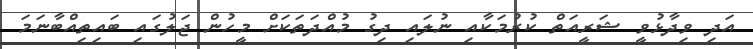
އަދި ވިދާޅުވީ ޝަރީއަތް ކުރުމަކާއި ނުލައި ދިގު މުއްދަތަކަށް މީހުން ޖަލުގައި ބައިތިއްބާނަމަ